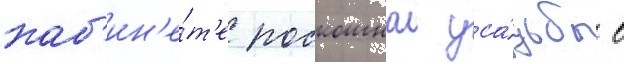
каб'ин'е́т'е роскошнои уса́дьбы в